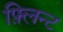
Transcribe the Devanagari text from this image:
फ़्लिन्ट